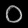
Digit: ၀